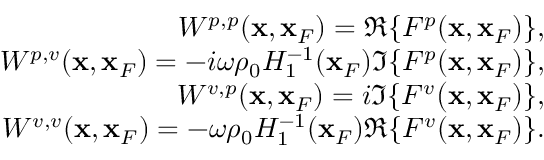
\begin{array} { r l r } & { } & { W ^ { p , p } ( { \bf x } , { \bf x } _ { F } ) = \Re \{ F ^ { p } ( { \bf x } , { \bf x } _ { F } ) \} , } \\ & { } & { W ^ { p , v } ( { \bf x } , { \bf x } _ { F } ) = - i \omega \rho _ { 0 } { \cal H } _ { 1 } ^ { - 1 } ( { \bf x } _ { F } ) \Im \{ F ^ { p } ( { \bf x } , { \bf x } _ { F } ) \} , } \\ & { } & { W ^ { v , p } ( { \bf x } , { \bf x } _ { F } ) = i \Im \{ F ^ { v } \bigr ( { \bf x } , { \bf x } _ { F } ) \} , } \\ & { } & { W ^ { v , v } ( { \bf x } , { \bf x } _ { F } ) = - \omega \rho _ { 0 } { \cal H } _ { 1 } ^ { - 1 } ( { \bf x } _ { F } ) \Re \{ F ^ { v } ( { \bf x } , { \bf x } _ { F } ) \} . } \end{array}